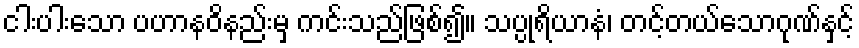
ငါးပါးသော ပဟာနဝိနည်းမှ ကင်းသည်ဖြစ်၍။ သပ္ပုရိယာနံ၊ တင့်တယ်သောဂုဏ်နှင့်